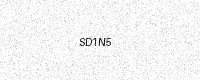
Text: SD1N5